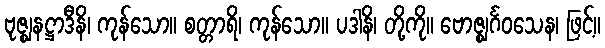
ဗုဇ္ဈနဋ္ဌာဒီနိ၊ ကုန်သော။ စတ္တာရိ၊ ကုန်သော။ ပဒါနိ၊ တို့ကို။ ဗောဇ္ဈင်္ဂဝသေန၊ ဖြင့်။